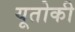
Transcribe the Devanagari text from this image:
यूतोकी